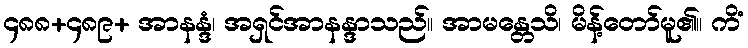
၄၈၈+၄၈၉+ အာနန္ဒံ၊ အရှင်အာနန္ဒာသည်။ အာမန္တေသိ၊ မိန့်တော်မူ၏။ ကိံ